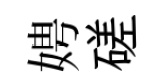
娉磋